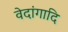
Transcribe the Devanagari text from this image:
वेदांगादि